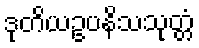
ဒုတိယဥပနိသသုတ္တံ